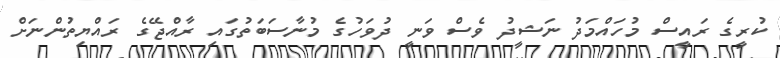
ކުރީގެ ރައީސް މުހައްމަދު ނަޝީދު ވެސް ވަނީ ދުވަހުގެ މުނާސަބަތުގައި ރާއްޖޭގެ ރައްޔިތުންނަށް